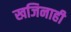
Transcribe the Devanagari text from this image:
खजिनाही